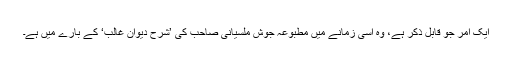
ایک امر جو قابل ذکر ہے، وہ اسی زمانے میں مطبوعہ جوش ملسیانی صاحب کی ’شرح دیوان غالب‘ کے بارے میں ہے۔